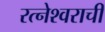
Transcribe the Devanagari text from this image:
रत्नेश्वराची